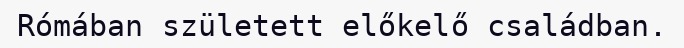
Rómában született előkelő családban.